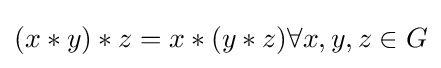
(x*y)*z=x*(y*z)\forall x,y,z\in G